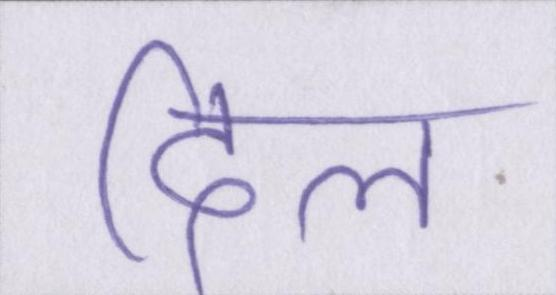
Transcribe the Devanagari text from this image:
दिल